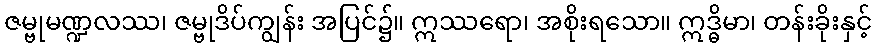
ဇမ္ဗုမဏ္ဍလဿ၊ ဇမ္ဗုဒိပ်ကျွန်း အပြင်၌။ ဣဿရော၊ အစိုးရသော။ ဣဒ္ဓိမာ၊ တန်းခိုးနှင့်